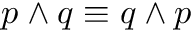
p \wedge q \equiv q \wedge p